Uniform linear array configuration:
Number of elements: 8
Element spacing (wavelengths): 0.5
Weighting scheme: hamming
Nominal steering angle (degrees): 30
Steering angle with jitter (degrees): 28.446
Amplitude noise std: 0.05
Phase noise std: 0.05

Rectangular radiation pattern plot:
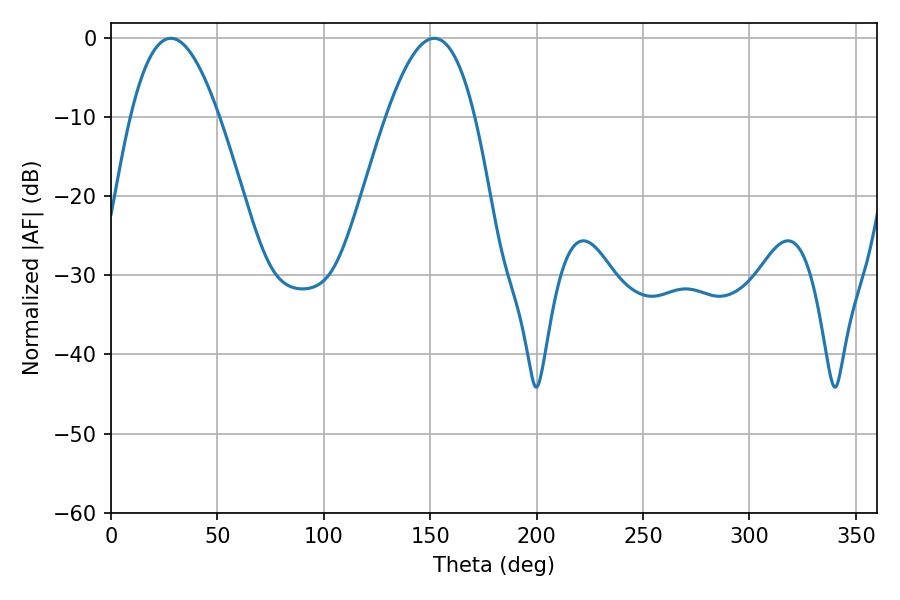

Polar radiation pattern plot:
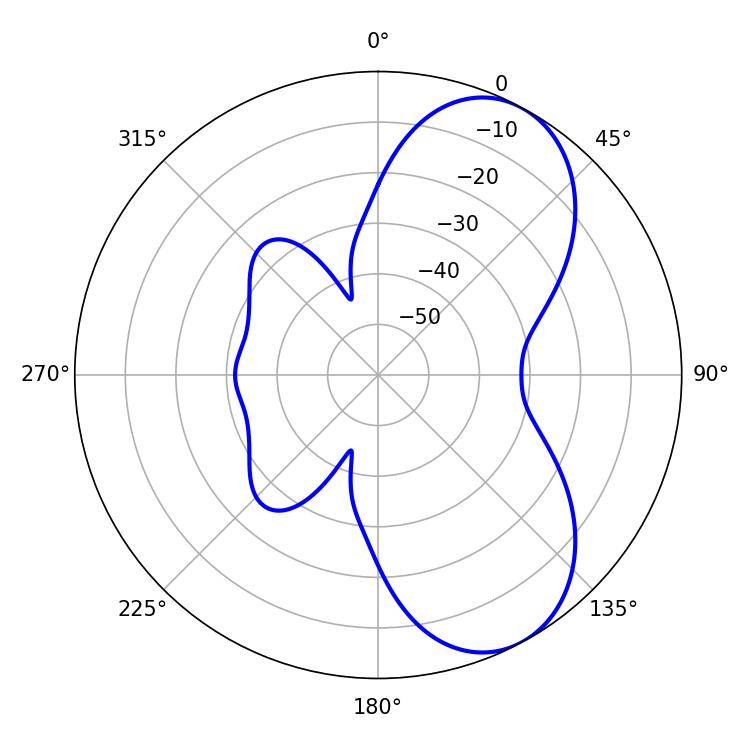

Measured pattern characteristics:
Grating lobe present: FALSE
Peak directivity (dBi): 6.859
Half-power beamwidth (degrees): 22.68
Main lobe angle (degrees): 28.08